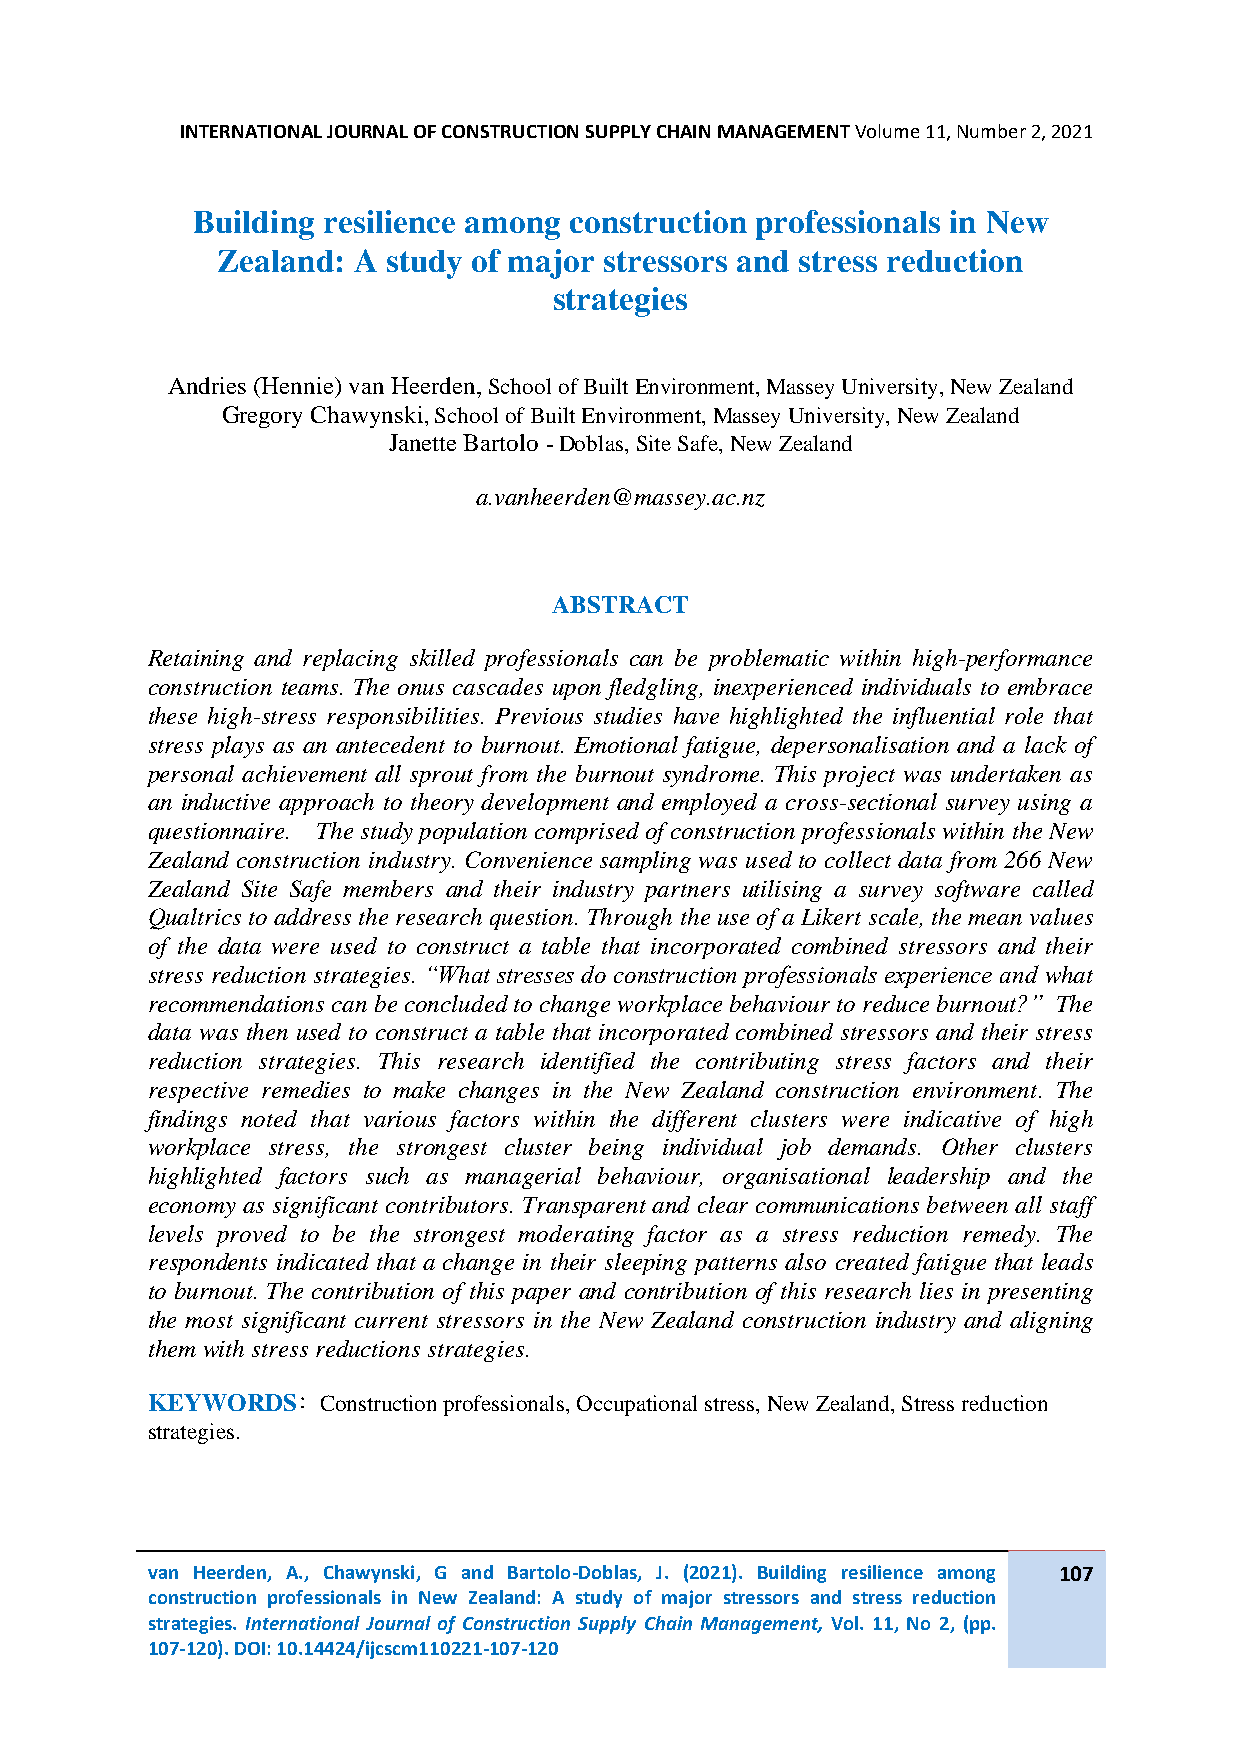
INTERNATIONAL JOURNAL OF CONSTRUCTION SUPPLY CHAIN MANAGEMENT Volume 11, Number 2, 2021
 Building resilience among construction professionals in New
 Zealand: A  study of major stressors and stress reduction
 strategies
 Andries (Hennie) van Heerden, School of Built Environment, Massey University, New Zealand
 Gregory Chawynski, School of Built Environment, Massey University, New Zealand
 Janette Bartolo - Doblas, Site Safe, New Zealand
 a.vanheerden@massey.ac.nz
 ABSTRACT
 Retaining and replacing skilled professionals can be problematic within high-performance
 construction teams. The onus cascades upon fledgling, inexperienced individuals to embrace
 these high-stress responsibilities. Previous studies have highlighted the influential role that
 stress plays as an antecedent to burnout. Emotional fatigue, depersonalisation and a lack of
 personal achievement all sprout from the burnout syndrome. This project was undertaken as
 an inductive approach to theory development and employed a cross-sectional survey using a
 questionnaire. The study population comprised of construction professionals within the New
 Zealand construction industry. Convenience sampling was used to collect data from 266 New
 Zealand Site Safe members and their industry partners utilising a survey software called
 Qualtrics to address the research question. Through the use of a Likert scale, the mean values
 of the data were used to construct a table that incorporated combined stressors and their
 stress reduction strategies. “What stresses do construction professionals experience and what
 recommendations can be concluded to change workplace behaviour to reduce burnout?” The
 data was then used to construct a table that incorporated combined stressors and their stress
 reduction strategies. This research identified the contributing stress factors and their
 respective remedies to make changes in the New Zealand construction environment. The
 findings noted that various factors within the different clusters were indicative of high
 workplace stress, the strongest cluster being individual job demands. Other clusters
 highlighted factors such as managerial behaviour, organisational leadership and the
 economy as significant contributors. Transparent and clear communications between all staff
 levels proved to be the strongest moderating factor as a stress reduction remedy. The
 respondents indicated that a change in their sleeping patterns also created fatigue that leads
 to burnout. The contribution of this paper and contribution of this research lies in presenting
 the most significant current stressors in the New Zealand construction industry and aligning
 them with stress reductions strategies.
 KEYWORDS:  Construction professionals, Occupational stress, New Zealand, Stress reduction
 strategies.
 van Heerden, A., Chawynski, G and Bartolo-Doblas, J. (2021). Building resilience among 107
 construction professionals in New Zealand: A study of major stressors and stress reduction
 strategies. International Journal of Construction Supply Chain Management, Vol. 11, No 2, (pp.
 107-120). DOI: 10.14424/ijcscm110221-107-120